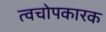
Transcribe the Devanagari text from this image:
त्वचोपकारक